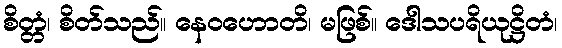
စိတ္တံ၊ စိတ်သည်။ နေဝဟောတိ၊ မဖြစ်။ ဒေါသပရိယုဋ္ဌိတံ၊